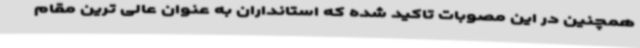
همچنین در این مصوبات تاکید شده که استانداران به عنوان عالی ترین مقام